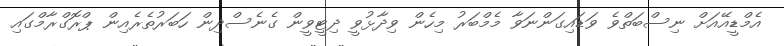
އެމްޑީއޭއަށް ނިސްބަތްވެ ވަޑައިގަންނަވާ މެމްބަރު މިހެން ވިދާޅުވީ ދިޓީވީން ގެނެސްދިން ހަބަރުތެރެއިން ޕްރޮގްރާމްގައި